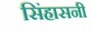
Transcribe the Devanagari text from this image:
सिंहासनी